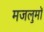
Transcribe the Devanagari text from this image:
मजलुमों